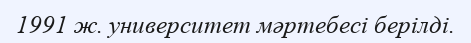
1991 ж. университет мәртебесі берілді.